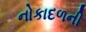
નોકાદળની